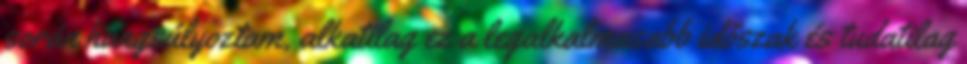
során hangsúlyoztam, alkatilag ez a legalkalmasabb időszak és tudatilag